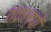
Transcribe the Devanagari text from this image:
तंकल्पों